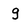
Character: g